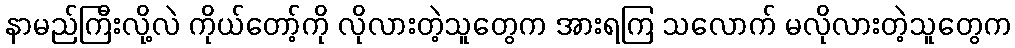
နာမည်ကြီးလို့လဲ ကိုယ်တော့်ကို လိုလားတဲ့သူတွေက အားရကြ သလောက် မလိုလားတဲ့သူတွေက